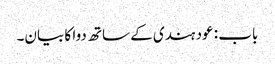
باب : عود ہندی کے ساتھ دوا کا بیان۔